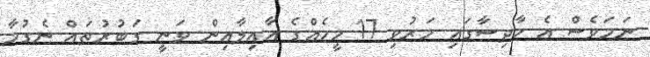
ނަމަވެސް އެ ހާދިސާގައި މަރުވި 17 މީހެއްގެ އާއިލާއިން ވަނީ ގަބުރުތައް ނެގުމާ